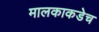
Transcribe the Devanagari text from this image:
मालकाकडेच